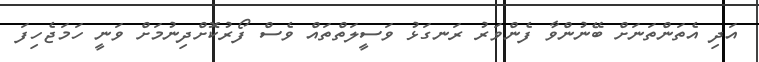
އަދި އެތަންތަނަށް ބޭނުންވާ ފެންވަރު ރަނގަޅު ވަސީލަތްތައް ވެސް ފޯރުކޮށްދިނުމަށް ވަނީ ހަމަޖެހިފަ